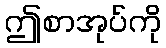
ဤစာအုပ်ကို